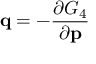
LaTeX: \mathbf { q } = - { \frac { \partial G _ { 4 } } { \partial \mathbf { p } } }